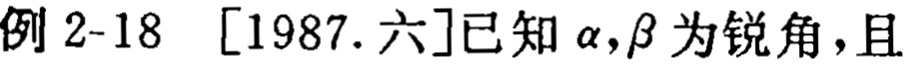
例 2-18 [1987. 六]已知\(\alpha,\beta\)为锐角，且